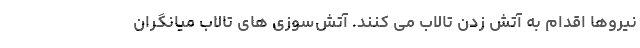
نیروها اقدام به آتش زدن تالاب می کنند. آتش‌سوزی های تالاب میانگران